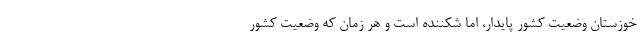
خوزستان وضعیت کشور پایدار، اما شکننده است و هر زمان که وضعیت کشور